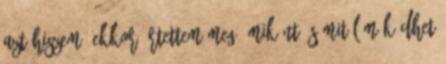
azt hiszem, ekkor értettem meg, miként és mitől működhet